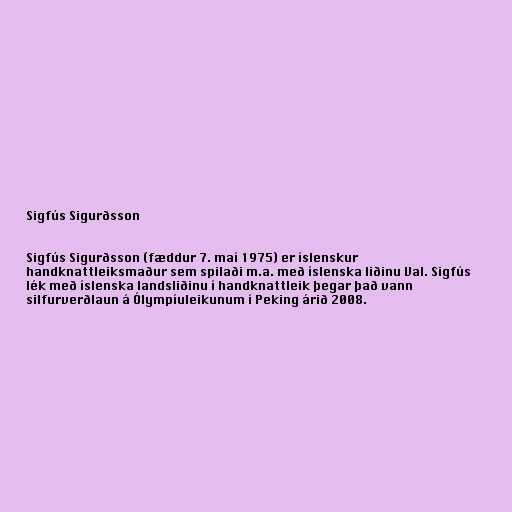
Sigfús Sigurðsson

Sigfús Sigurðsson (fæddur 7. maí 1975) er íslenskur
handknattleiksmaður sem spilaði m.a. með íslenska liðinu Val. Sigfús
lék með íslenska landsliðinu í handknattleik þegar það vann
silfurverðlaun á Ólympíuleikunum í Peking árið 2008.